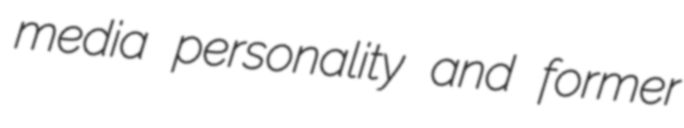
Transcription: media personality and former